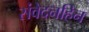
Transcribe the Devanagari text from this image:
संवेदनहिन